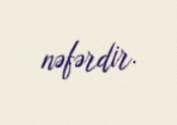
nəfərdir.